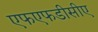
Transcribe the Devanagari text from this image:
एफएफडीसीए